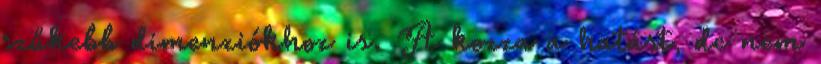
szűkebb dimenziókhoz is. A kozza a hatást, de nem